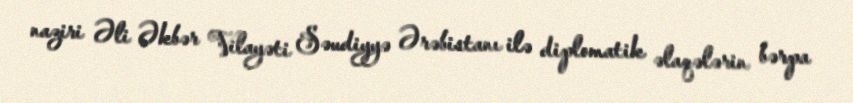
naziri Əli Əkbər Vilayəti Səudiyyə Ərəbistanı ilə diplomatik əlaqələrin bərpa